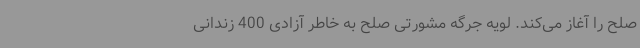
صلح را آغاز می‌کند. لویه جرگه مشورتی صلح به خاطر آزادی 400 زندانی